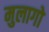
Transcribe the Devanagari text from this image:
मुलागो